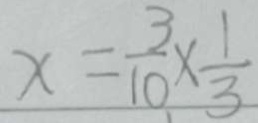
x = \frac { 3 } { 1 0 } \times \frac { 1 } { 3 }